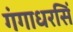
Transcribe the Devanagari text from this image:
गंगाधरसिं